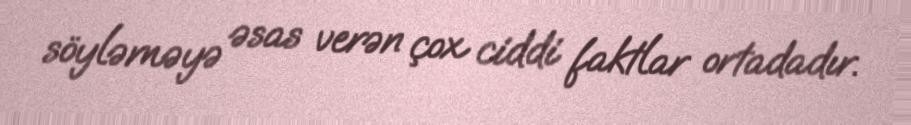
söyləməyə əsas verən çox ciddi faktlar ortadadır.